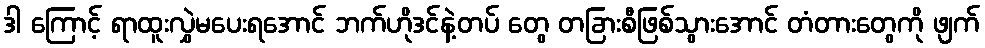
ဒါ ကြောင့် ရာထူးလွှဲမပေးရအောင် ဘက်ဟိုဒင်နဲ့တပ် တွေ တခြားစီဖြစ်သွားအောင် တံတားတွေကို ဖျက်